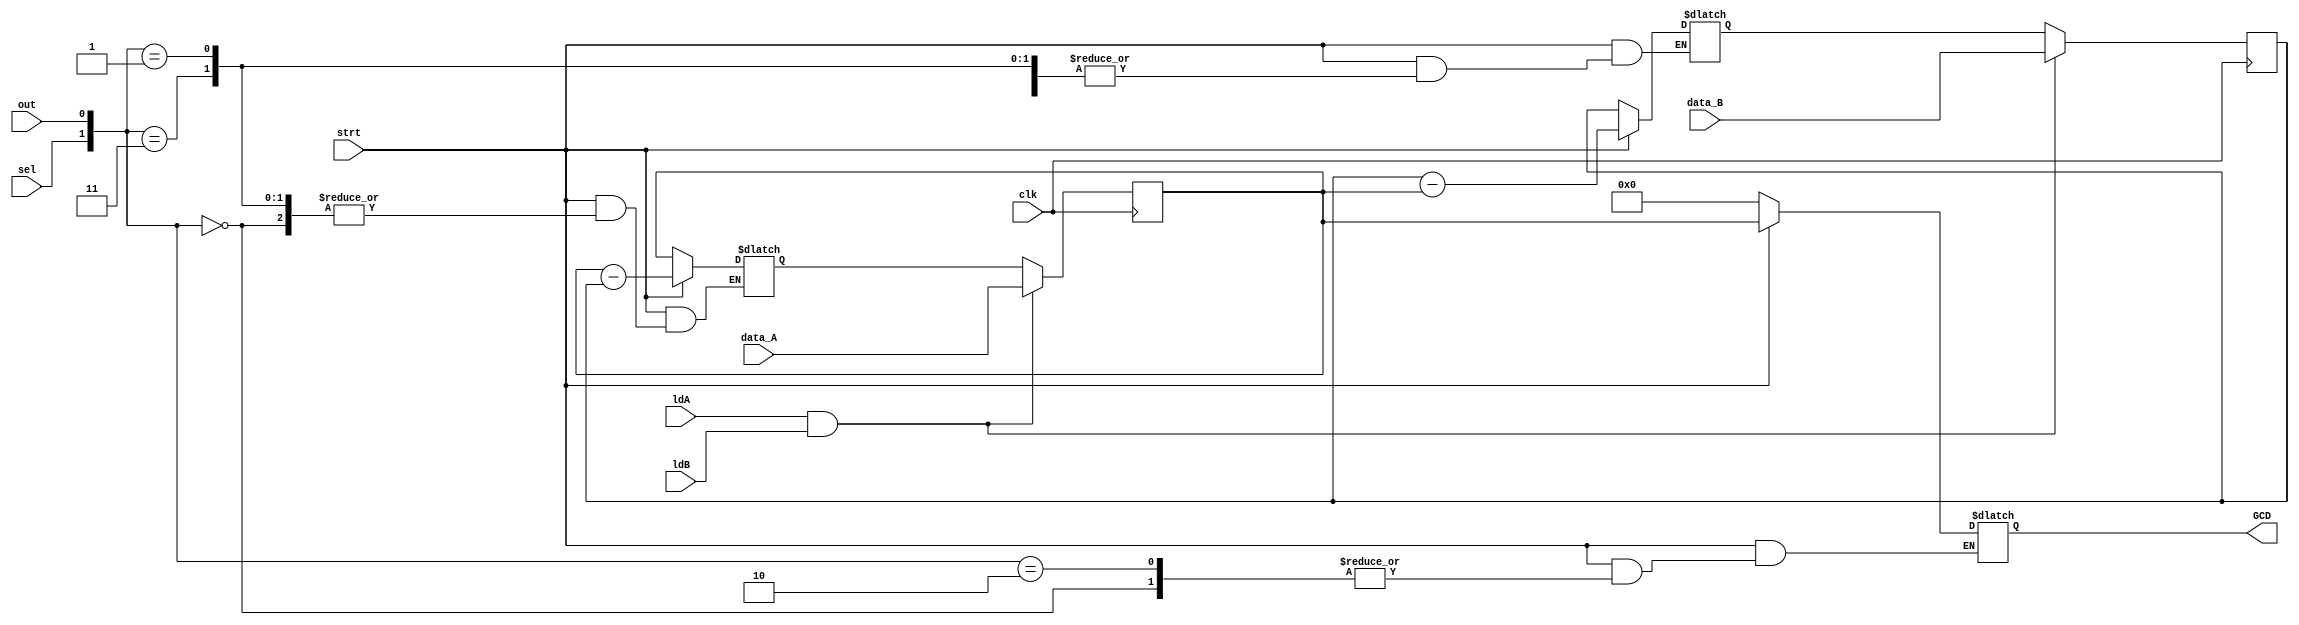
`timescale 1ns / 1ps
//////////////////////////////////////////////////////////////////////////////////
// Company: 
// Engineer: 
// 
// Design Name: 
// Module Name:    gcd_data 
// Project Name: 
// Target Devices: 
// Tool versions: 
// Description: 
//
// Dependencies: 
//
// Revision: 
// Revision 0.01 - File Created
// Additional Comments: 
//
//////////////////////////////////////////////////////////////////////////////////
module gcd_data(input clk,ldA,ldB,sel,out,strt,
input [3:0]data_A,data_B,
output reg [3:0]GCD
);

reg [3:0]a_nex,b_nex,a_reg,b_reg;

always @(posedge clk)
begin
if(ldA && ldB)
begin
a_reg <= data_A;
b_reg <= data_B;
end
else
begin
a_reg <= a_nex;
b_reg <= b_nex;
end
end

always @(*)
begin
	if(strt)
	begin
	case({sel,out})
	2'b00:begin
			b_nex = b_reg - a_reg;
		  end
	2'b10:begin
			a_nex = a_reg - b_reg;
		  end
	2'b01,2'b11:begin
					GCD = a_reg;
					end
	default:begin
				a_nex = a_reg;
				b_nex = b_reg;
				GCD = 4'h0;
	        end
	endcase
	end
	else
	begin
	a_nex = a_reg;
	b_nex = b_reg;
	GCD = 4'h0;
	end
end

endmodule